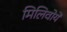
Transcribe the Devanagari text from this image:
मिलिवोये